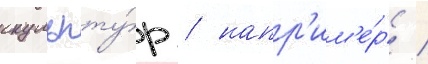
скульпту́р / напр'им'е́р /